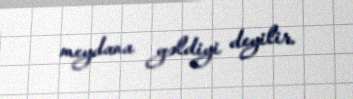
meydana gəldiyi deyilir.